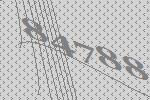
84788